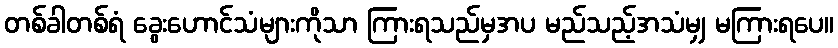
တစ်ခါတစ်ရံ ခွေးဟောင်သံများကိုသာ ကြားရသည်မှအပ မည်သည့်အသံမျှ မကြားရပေ။